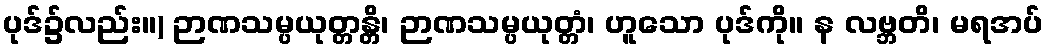
ပုဒ်၌လည်း။) ဉာဏသမ္ပယုတ္တန္တိ၊ ဉာဏသမ္ပယုတ္တံ၊ ဟူသော ပုဒ်ကို။ န လဗ္ဘတိ၊ မရအပ်